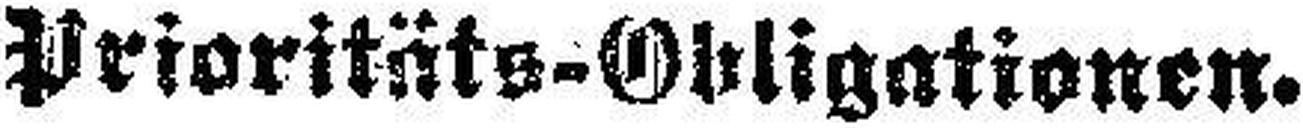
Prioritäts-Obligationen.